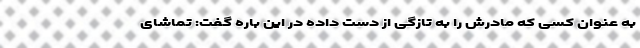
به عنوان کسی که مادرش را به تازگی از دست داده در این باره گفت: تماشای